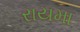
રાયમા